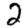
Digit: 2